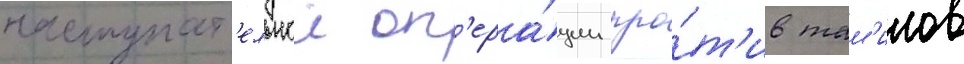
наступат'ельнои оп'ера́ции про́т'ив там'илов